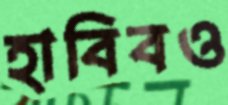
হাবিবও